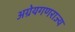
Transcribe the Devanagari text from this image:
अग्रेयगणराज्य